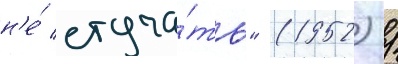
н'е́ стуча́ть" (1952) /